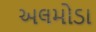
અલમોડા